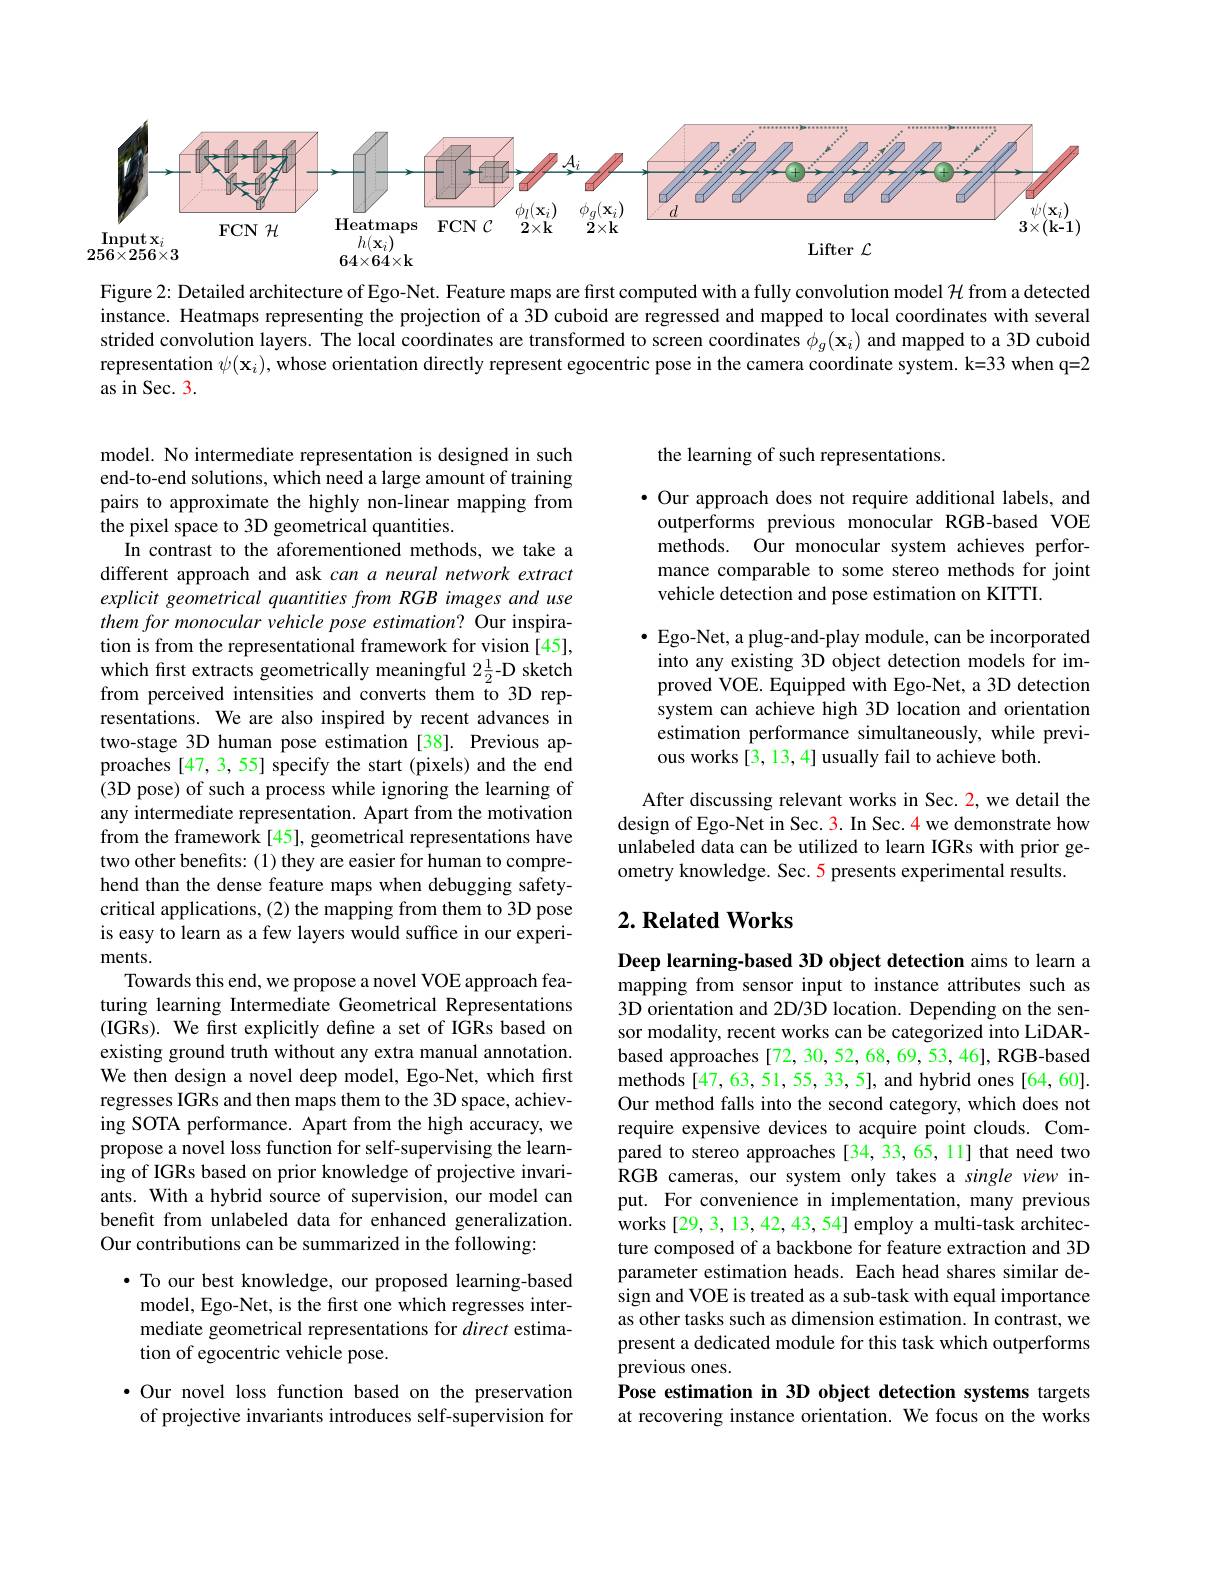
<FigureHere>

Figure 2: Detailed architecture of Ego-Net. Feature maps are first computed with a fully convolution model $\mathcal{H}$ from a detected instance. Heatmaps representing the projection of a 3D cuboid are regressed and mapped to local coordinates with several strided convolution layers. The local coordinates are transformed to screen coordinates $\phi_g(\mathbf{x}_i)$ and mapped to a 3D cuboid representation $\psi(\mathbf{x}_i)$, whose orientation directly represent egocentric pose in the camera coordinate system. k=33 when q=2 as in Sec. 3.

model. No intermediate representation is designed in such end-to-end solutions, which need a large amount of training pairs to approximate the highly non-linear mapping from the pixel space to 3D geometrical quantities.
In contrast to the aforementioned methods, we take a different approach and ask can a neural network extract explicit geometrical quantities from RGB images and use them for monocular vehicle pose estimation? Our inspiration is from the representational framework for vision [45], which frst extracts geometrically meaningful 2$\frac{1}{2}$-D sketch from perceived intensities and converts them to 3D representations. We are also inspired by recent advances in two-stage 3D human pose estimation [38]. Previous approaches [47,3,55] specify the start (pixels) and the end (3D pose) of such a process while ignoring the learning of any intermediate representation. Apart from the motivation from the framework [45], geometrical representations have two other benefits: (1) they are easier for human to comprehend than the dense feature maps when debugging safetycritical applications, (2) the mapping from them to 3D pose is easy to learn as a few layers would suffice in our experiments.
Towards this end, we propose a novel VOE approach featuring learning Intermediate Geometrical Representations (IGRs). We first explicitly define a set of IGRs based on existing ground truth without any extra manual annotation. We then design a novel deep model, Ego-Net, which first regresses IGRs and then maps them to the 3D space, achieving SOTA performance. Apart from the high accuracy, we propose a novel loss function for self-supervising the learning of IGRs based on prior knowledge of projective invariants. With a hybrid source of supervision, our model can benefit from unlabeled data for enhanced generalization. Our contributions can be summarized in the following:
· To our best knowledge, our proposed learning-based
model, Ego-Net, is the first one which regresses inter-

mediate geometrical representations for direct estima-
tion of egocentric vehicle pose.

·Our novel loss function based on the preservation of projective invariants introduces self-supervision for

the learning of such representations.

$\bullet$ Our approach does not require additional labels, and outperforms previous monocular RGB-based VOE methods. Our monocular system achieves performance comparable to some stereo methods for joint vehicle detection and pose estimation on KITTI.

$\bullet$ Ego-Net, a plug-and-play module, can be incorporated into any existing 3D object detection models for improved VOE. Equipped with Ego-Net, a 3D detection system can achieve high 3D location and orientation estimation performance simultaneously, while previous works [3, 13, 4] usually fail to achieve both.

After discussing relevant works in Sec. 2, we detail the design of Ego-Net in Sec. 3. In Sec. 4 we demonstrate how unlabeled data can be utilized to learn IGRs with prior geometry knowledge. Sec. 5 presents experimental results.

## $2. \textbf{ Related Works}$

Deep learning-based 3D object detection aims to learn a mapping from sensor input to instance attributes such as 3D orientation and 2D/3D location. Depending on the sensor modality, recent works can be categorized into LiDARbased approaches [72, 30, 52, 68, 69, 53, 46], RGB-based methods [47, 63, 51, 55, 33, 5], and hybrid ones [64, 60]. Our method falls into the second category, which does not require expensive devices to acquire point clouds. Compared to stereo approaches [34, 33, 65, 11] that need two $\hat{\mathrm{RGB}}$ cameras, our system only takes a single view input. For convenience in implementation, many previous works [29, 3, 13, 42, 43, 54] employ a multi-task architecture composed of a backbone for feature extraction and 3D parameter estimation heads. Each head shares similar design and VOE is treated as a sub-task with equal importance as other tasks such as dimension estimation. In contrast, we present a dedicated module for this task which outperforms previous ones.
Pose estimation in 3D object detection systems targets at recovering instance orientation. We focus on the works